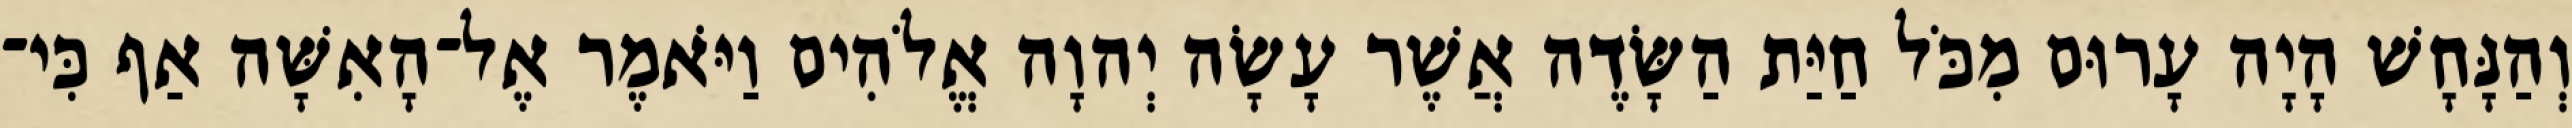
וְהַנָּחָשׁ הָיָה עָרוּם מִכֹּל חַיַּת הַשָּׂדֶה אֲשֶׁר עָשָׂה יְהוָה אֱלֹהִים וַיֹּאמֶר אֶל־הָאִשָּׁה אַף כִּי־